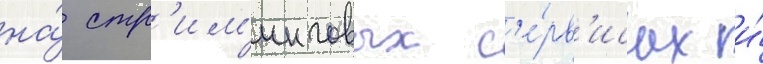
на́ стр'им'инговых с'е́рв'исах и́